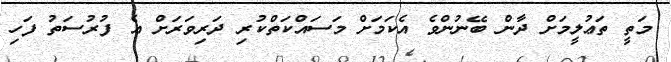
މަތީ ތަޢުލީމަށް ދާން ބޭނުންވެ އެކަމަށް މަސައްކަތްކުރި ދަރިވަރަށް އެ ފުރުސަތު ފަހި